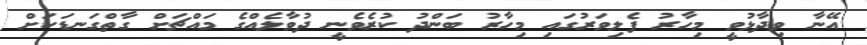
އޭނާ ވިދާޅުވީ މިހާރު ފެލިވަރުގައި މިހާރު ބަންދު ކުރެވެނީ ދުވާލެއްގެ މައްޗަށް ގާތްގަނޑަކަށް